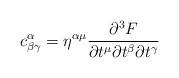
LaTeX: \begin{align*}c_{\beta \gamma }^{\alpha }=\eta ^{\alpha \mu }\frac{\partial ^{3}F}{\partial t^{\mu }\partial t^{\beta }\partial t^{\gamma }}\end{align*}